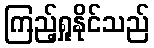
ကြည့်ရှုနိုင်သည်